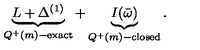
\underbrace { L + \Delta ^ { ( 1 ) } } _ { Q ^ { + } ( m ) - \mathrm { e x a c t } } + \underbrace { I ( \bar { \omega } ) } _ { Q ^ { + } ( m ) - \mathrm { c l o s e d } } .